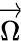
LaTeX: \overrightarrow{\Omega}